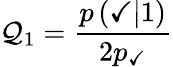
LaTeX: \mathcal{Q}_{1}=\frac{{p\left(\checkmark|1\right)}}{{2p_{\checkmark}}}